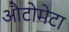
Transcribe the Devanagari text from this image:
औटोमेटा